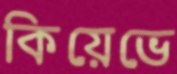
কিয়েভে